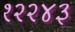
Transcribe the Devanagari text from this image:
१२२४३